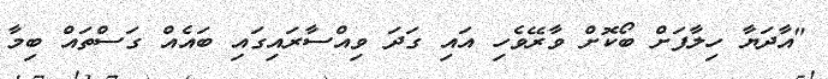
"އާދަޔާ ހިލާފަށް ބޯކޮށް ވާރޭވެހި އައި ގަދަ ވިއްސާރައިގައި ބައެއް ގަސްތައް ބިމާ